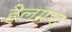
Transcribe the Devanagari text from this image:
हेलमन्द